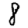
Digit: 8